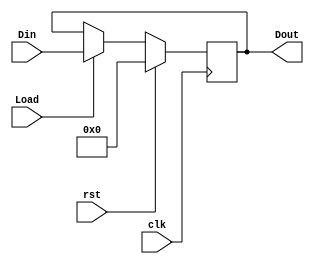
`timescale 1ns / 1ps
//////////////////////////////////////////////////////////////////////////////////
// Company: 
// Engineer: 
// 
// Design Name: 
// Module Name: IF_ID_pipeline
// Project Name: 
// Target Devices: 
// Tool Versions: 
// Description: 
// 
// Dependencies: 
// 
// Revision:
// Revision 0.01 - File Created
// Additional Comments:
// 
//////////////////////////////////////////////////////////////////////////////////


module EX_MEM_pipeline(
input clk,
input rst,
input Load,
input [169:0] Din,
output reg [169:0] Dout
    );
    
    always @(posedge clk) 
    begin
    if (rst==1'b1)
        Dout <= 170'd0; 
    else if (Load == 1'b1)
        Dout <= Din; 
    end 
    
endmodule